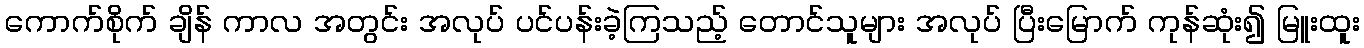
ကောက်စိုက် ချိန် ကာလ အတွင်း အလုပ် ပင်ပန်းခဲ့ကြသည့် တောင်သူများ အလုပ် ပြီးမြောက် ကုန်ဆုံး၍ မြူးထူး